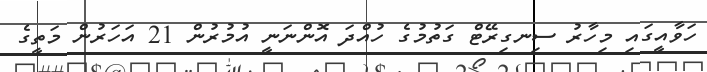
ހަވާއީގައި މިހާރު ސިނގިރޭޓް ގަތުމުގެ ހުއްދަ އޮންނަނީ އުމުރުން 21 އަހަރުން މަތީގެ